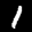
Label: 1